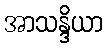
အာသန္ဒိယာ